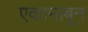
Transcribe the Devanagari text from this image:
एकामाबून